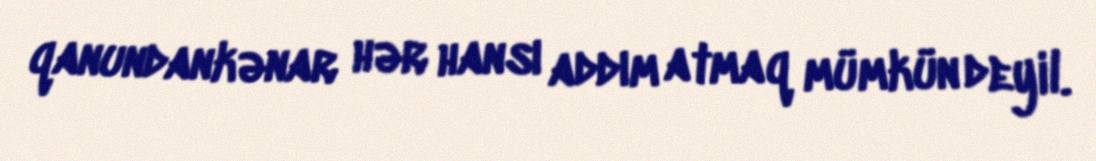
qanundankənar hər hansı addım atmaq mümkün deyil.